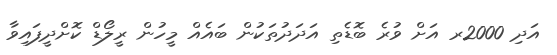
އަދި 2000ރ އަށް ވުރެ ބޮޑެތި އަދަދުތަކުން ބައެއް މީހުން ރީލޯޑް ކޮށްދީފައިވާ